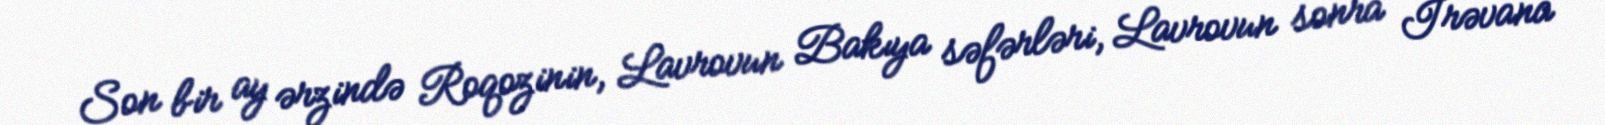
Son bir ay ərzində Roqozinin, Lavrovun Bakıya səfərləri, Lavrovun sonra İrəvana